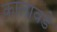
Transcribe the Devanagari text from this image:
कालावडे